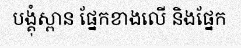
បង្គុំស្ពាន ផ្នែកខាងលើ និងផ្នែក